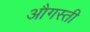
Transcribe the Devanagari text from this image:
औगस्ती